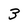
Character: 3